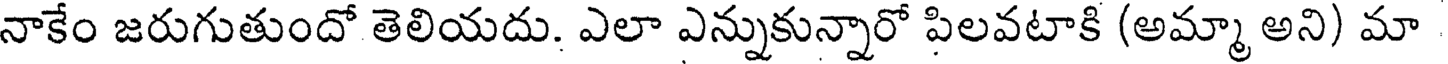
నాకేం జరుగుతుందో తెలియదు. ఎలా ఎన్నుకున్నారో పిలవటాకి (అమ్మా అని) మా